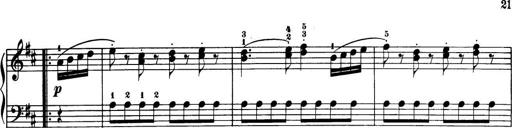
Title: 32 Sonatinas and Rondos for the Piano
Composer: Richard Kleinmichel